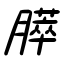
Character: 膵